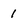
Character: 1